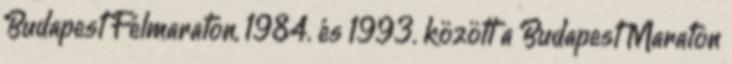
Budapest Félmaraton, 1984. és 1993. között a Budapest Maraton